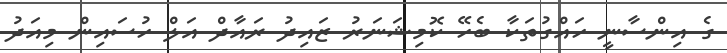
ގެ އިންސާނީ ހައްގުތަކާ ބެހޭ ކޮމިޝަނަރު ޒައިދު ރައާދް އަލް ހުސައިން މިއަދު